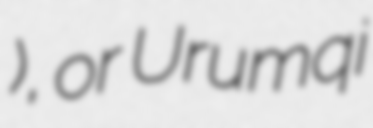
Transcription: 烏魯木齊文廟), or Urumqi